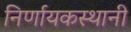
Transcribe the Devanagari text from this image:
निर्णायकस्थानी